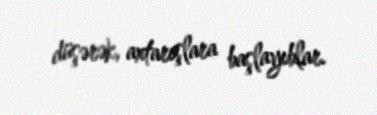
düşərək, axtarışlara başlayıblar.